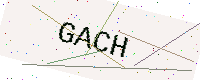
Text: GACH